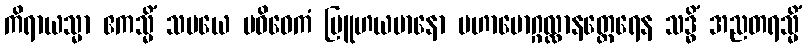
ကိရာယသ္မာ ဧကသ္မိံ သမယေ ပဝိဝေကံ ဗြူဟယမာနော မဟာမောဂ္ဂလ္လာနတ္ထေရေန သဒ္ဓိံ အညတရသ္မိံ